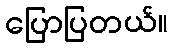
ပြောပြတယ်။